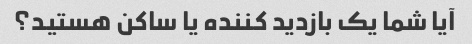
آیا شما یک بازدید کننده یا ساکن هستید؟